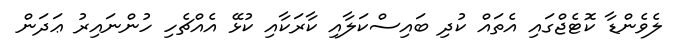
ލެވެންޑާ ކޮޓެޖްގައި އެތައް ކުދި ބައިސްކަލާއި ކާރަކާއި ކުޅޭ އެއްޗެހި ހުންނައިރު ޢަދަން